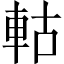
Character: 軲